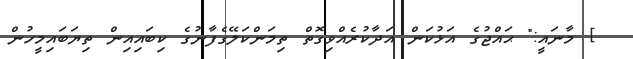
] މާނައީ:" ޙައްޖުގެ އަޅުކަން އަދާކުރެއްވިގޮތް ތިމަންކަލޭގެފާނުގެ ކިބައިއިން ތިޔަބައިމީހުން